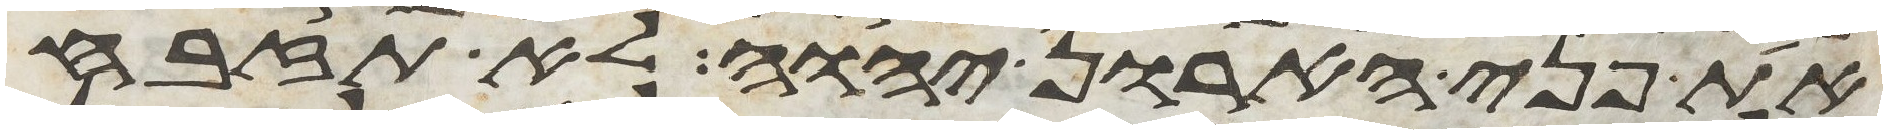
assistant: את פני הארון יהוה לא תזבח